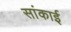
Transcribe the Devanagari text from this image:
सांकाई